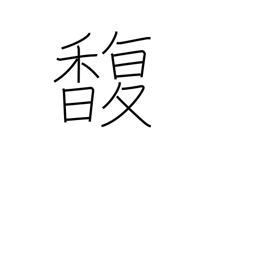
Meaning: perfume